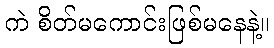
ကဲ စိတ်မကောင်းဖြစ်မနေနဲ့။